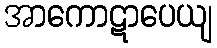
အာကောဋာပေယျ